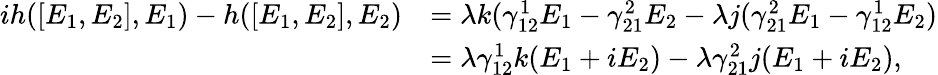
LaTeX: \begin{array}{rl}{ih([E_{1},E_{2}],E_{1})-h([E_{1},E_{2}],E_{2})}&{=\lambda k(\gamma_{12}^{1}E_{1}-\gamma_{21}^{2}E_{2}-\lambda j(\gamma_{21}^{2}E_{1}-\gamma_{12}^{1}E_{2})}\\ &{=\lambda\gamma_{12}^{1}k(E_{1}+iE_{2})-\lambda\gamma_{21}^{2}j(E_{1}+iE_{2}),}\end{array}